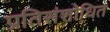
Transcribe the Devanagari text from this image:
प्रतिसंशोधित